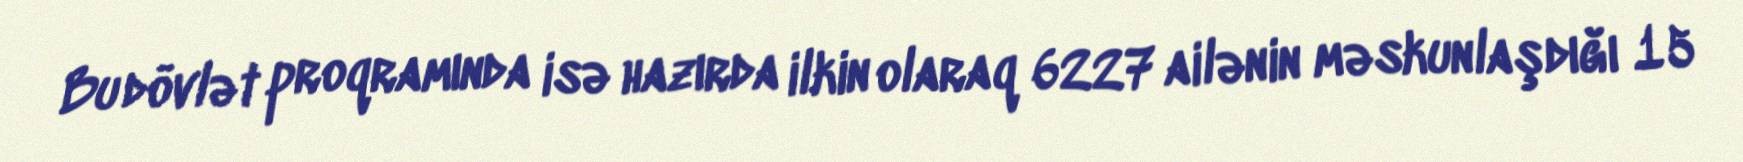
Bu dövlət proqramında isə hazırda ilkin olaraq 6227 ailənin məskunlaşdığı 15